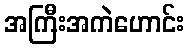
အကြီးအကဲဟောင်း